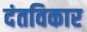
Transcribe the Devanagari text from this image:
दंतविकार